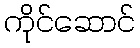
ကိုင်ဆောင်